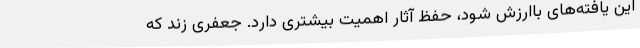
این یافته‌های باارزش شود، حفظ آثار اهمیت بیشتری دارد. جعفری زند که